Leaving Certificate Examination, 1903
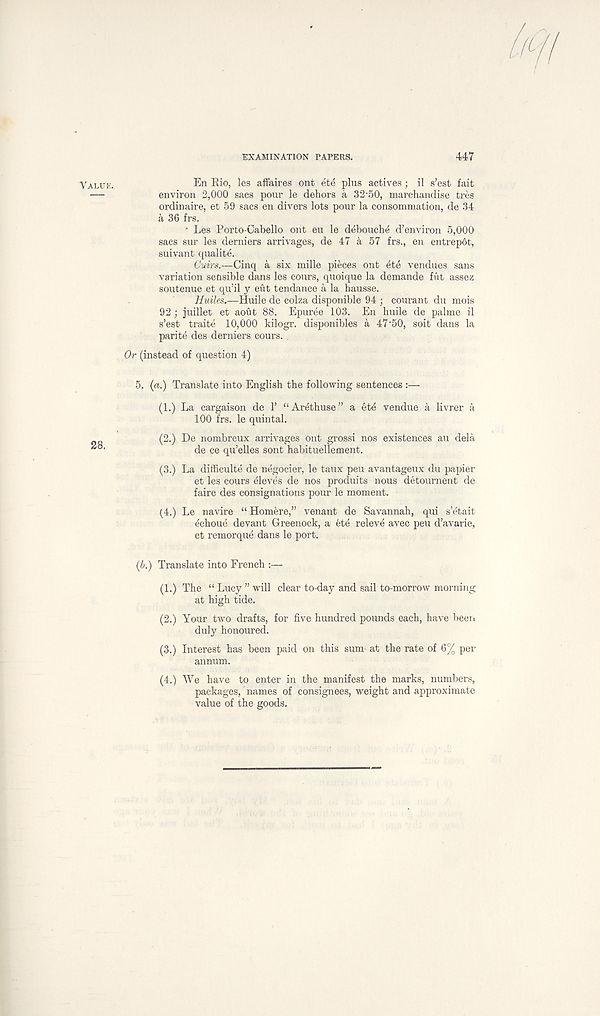
EXAMINATION PAPERS.
447
En Eio, les affaires ont ete plus actives; il s’est fait
environ 2,000 sacs pour le dehors a 32 - 50, marchandise tres
ordinaire, et 59 sacs en divers lots pour la consommation, de 34
a 36 frs.
• Les Porto-Cabello ont eu le debouche d’environ 5,000
sacs sur les derniers arrivages, de 47 a 57 frs., en entrep6t,
suivant qualite.
Cvirs.—Cinq a six mille pieces ont ete vendues sans
variation sensible dans les cours, quoique la demande fut assez
soutenue et qu’il y eut tendance a la hausse.
Huiles.—Huile de colza disponible 94 ; courant du mois
92; juillet et aout 88. Epuree 103. En huile de palme il
s’est traite 10,000 kilogr. disponibles a 47 - 50, soit dans la
parite des derniers cours.
Or (instead of question 4)
5. (a.) Translate into English the following sentences :—
(1.) La cargaison de 1’ “ Arethuse ” a ete vendue a livrer a
100 frs. le quintal.
(2.) De nombreux arrivages ont grossi nos existences au dela
de ce qu’elles sont habituellement.
(3.) La difficulte de negocier, le taux peu avantageux du papier
et les cours Aleves de nos produits nous detournent de
faire des consignations pour le moment.
(4.) Le navire “ Homere,” venant de Savannah, qui s’etait
echoue devant Greenock, a ete releve avec peu d’avarie,
et remorque dans le port.
(b.) Translate into French :—
(1.) The “ Lucy ” will clear to-day and sail to-morrow morning
at high tide.
(2.) Your two drafts, for five hundred pounds each, have been
duly honoured.
(3.) Interest has been paid on this sum at the rate of 6% per
annum.
(4.) We have to enter in the manifest the marks, numbers,
packages, names of consignees, weight and approximate
value of the goods.